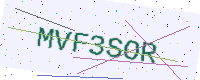
Text: MVF3SOR